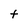
Character: t